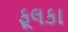
ફૂલકા